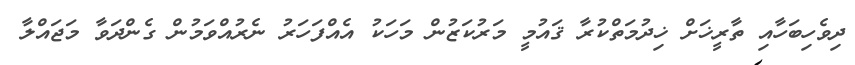
ދިވެހިބަހާއި ތާރީޚަށް ޚިދުމަތްކުރާ ޤައުމީ މަރުކަޒުން މަހަކު އެއްފަހަރު ނެރުއްވަމުން ގެންދަވާ މަޖައްލާ